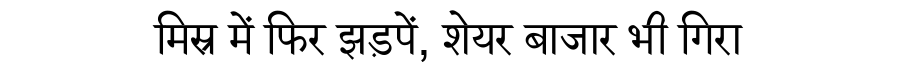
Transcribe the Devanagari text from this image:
मिस्र में फिर झड़पें, शेयर बाजार भी गिरा